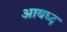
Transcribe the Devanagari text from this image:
आबध्द